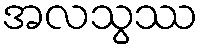
အလသွဿ